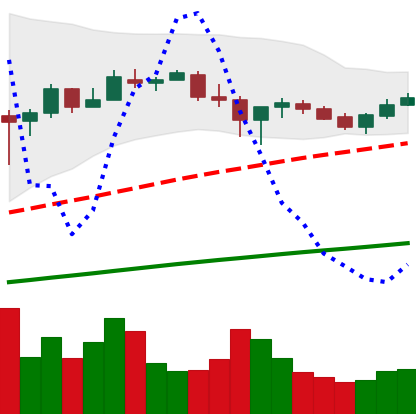
Ticker: BTC-USD
Chart end date: 2017-07-04
Forward return: -3.198%
Label: down_3_5